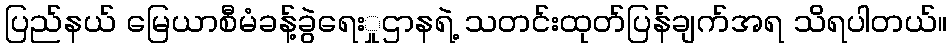
ပြည်နယ် မြေယာစီမံခန့်ခွဲရေးှုဌာနရဲ့ သတင်းထုတ်ပြန်ချက်အရ သိရပါတယ်။